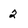
Character: 2